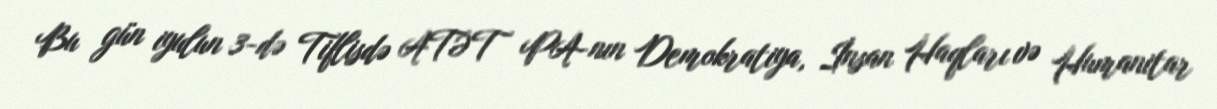
Bu gün iyulun 3-də Tiflisdə ATƏT PA-nın Demokratiya, İnsan Haqları və Humanitar